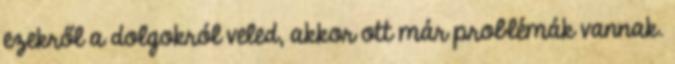
ezekről a dolgokról veled, akkor ott már problémák vannak.